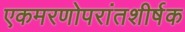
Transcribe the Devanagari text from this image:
एकमरणोपरांतशीर्षक